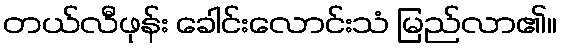
တယ်လီဖုန်း ခေါင်းလောင်းသံ မြည်လာ၏။